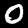
Digit: 0